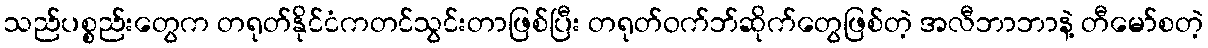
သည်ပစ္စည်းတွေက တရုတ်နိုင်ငံကတင်သွင်းတာဖြစ်ပြီး တရုတ်ဝက်ဘ်ဆိုက်တွေဖြစ်တဲ့ အလီဘာဘာနဲ့ တီမော်စတဲ့